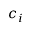
c _ { i }